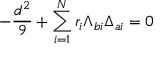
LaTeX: - { \frac { d ^ { 2 } } { 9 } } + \sum _ { i = 1 } ^ { N } r _ { i } \Lambda _ { b i } \Delta _ { a i } = 0